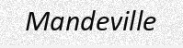
Mandeville